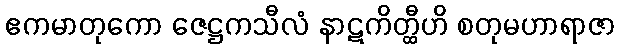
ဧကမာတုကော ဇေဋ္ဌကသီလံ နာဋကိတ္ထီဟိ စတုမဟာရာဇာ